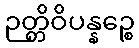
ဉတ္တိဝိပန္နဉ္စေ